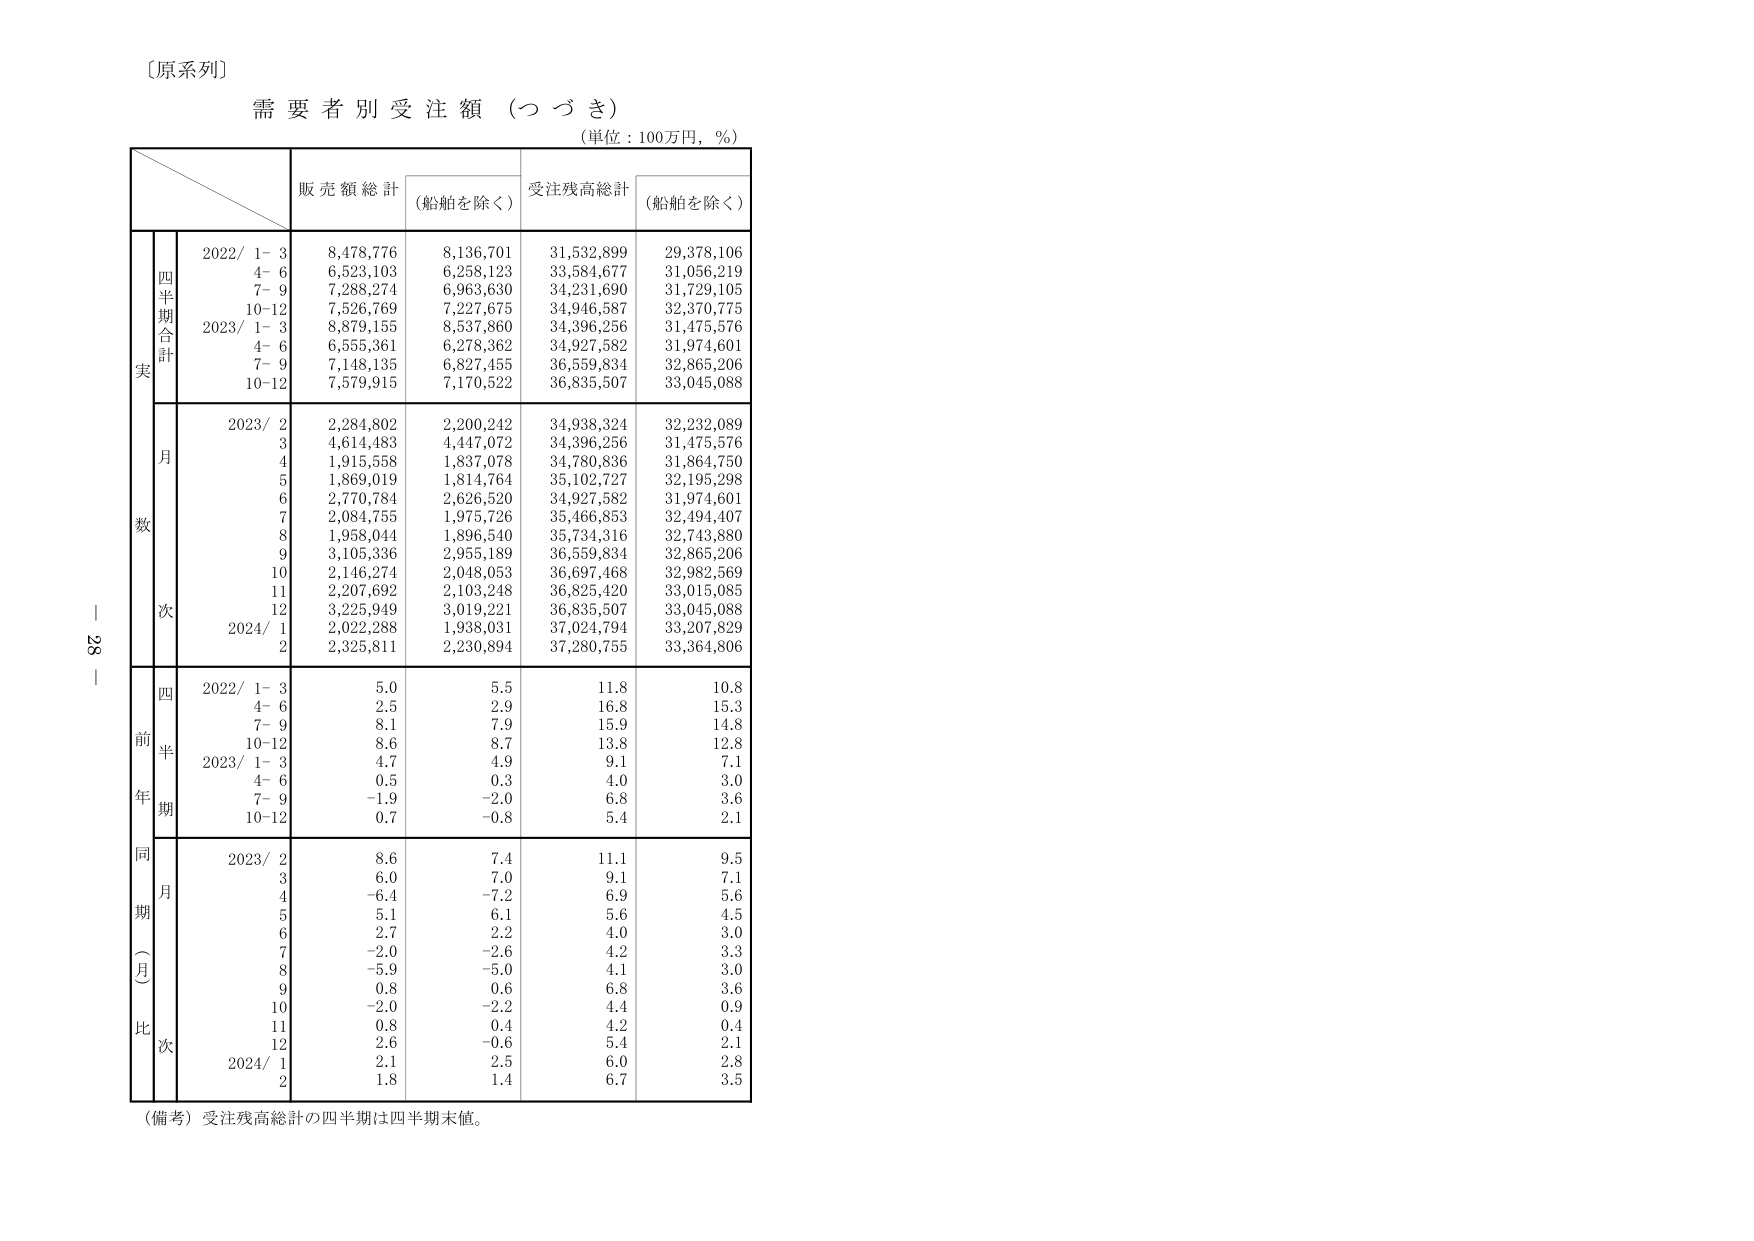
〔原系列〕
需要者別受注額（つづき）
（単位：100万円，％）

販売額総計 （船舶を除く） 受注残高総計 （船舶を除く）

実
四半期合計
2022/ 1- 3 8,478,776 8,136,701 31,532,899 29,378,106
4- 6 6,523,103 6,258,123 33,584,677 31,056,219
7- 9 7,288,274 6,963,630 34,231,690 31,729,105
10-12 7,526,769 7,227,675 34,946,587 32,370,775
2023/ 1- 3 8,879,155 8,537,860 34,396,256 31,475,576
4- 6 6,555,361 6,278,362 34,927,582 31,974,601
7- 9 7,148,135 6,827,455 36,559,834 32,865,206
10-12 7,579,915 7,170,522 36,835,507 33,045,088

数
月
2023/ 2 2,284,802 2,200,242 34,938,324 32,232,089
3 4,614,483 4,447,072 34,396,256 31,475,576
4 1,915,558 1,837,078 34,780,836 31,864,750
5 1,869,019 1,814,764 35,102,727 32,195,298
6 2,770,784 2,626,520 34,927,582 31,974,601
7 2,084,755 1,975,726 35,466,853 32,494,407
8 1,958,044 1,896,540 35,734,316 32,743,880
9 3,105,336 2,955,189 36,559,834 32,865,206
10 2,146,274 2,048,053 36,697,468 32,982,569
11 2,207,692 2,103,248 36,825,420 33,015,085
12 3,225,949 3,019,221 36,835,507 33,045,088
2024/ 1 2,022,288 1,938,031 37,024,794 33,207,829
2 2,325,811 2,230,894 37,280,755 33,364,806

前年同期（月比）次
四半期
2022/ 1- 3 5.0 5.5 11.8 10.8
4- 6 2.5 2.9 16.8 15.3
7- 9 8.1 7.9 15.9 14.8
10-12 8.6 8.7 13.8 12.8
2023/ 1- 3 4.7 4.9 9.1 7.1
4- 6 0.5 0.3 4.0 3.0
7- 9 -1.9 -2.0 6.8 3.6
10-12 0.7 -0.8 5.4 2.1

月
2023/ 2 8.6 7.4 11.1 9.5
3 6.0 7.0 9.1 7.1
4 -6.4 -7.2 6.9 5.6
5 5.1 6.1 5.6 4.5
6 2.7 2.2 4.0 3.0
7 -2.0 -2.6 4.2 3.3
8 -5.9 -5.0 4.1 3.0
9 0.8 0.6 6.8 3.6
10 -2.0 -2.2 4.4 0.9
11 0.8 0.4 4.2 0.4
12 2.6 -0.6 5.4 2.1
2024/ 1 2.1 2.5 6.0 2.8
2 1.8 1.4 6.7 3.5

（備考）受注残高総計の四半期は四半期末値。